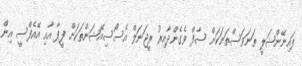
ފައިނޭންޝަލީ ތަނަވަސްތަނަކަށް ސާފް ވެގެންދާއިރު ރީޖަނަލް އެސޯސިއޭޝަންތަކަށް ފީފާ އާއި އޭއެފްސީ އިން